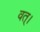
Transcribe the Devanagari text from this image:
वत्।